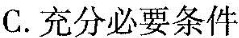
C.充分必要条件